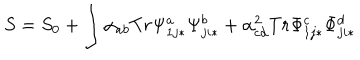
S = S _ { 0 } + \int \alpha _ { a b } T r \Psi _ { 1 j * } ^ { a } \Psi _ { j i * } ^ { b } + \alpha _ { c d } ^ { 2 } T r \Phi _ { 1 j * } ^ { c } \Phi _ { j i * } ^ { d }